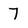
Character: 7